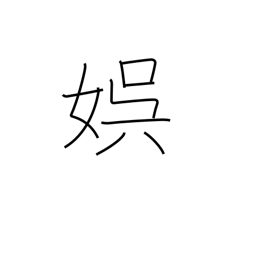
Meaning: recreation